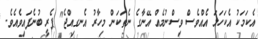
އެކަމަކު އެކަހަލަ އެއްވެސް ވިސްނުމެއް އޭނާގެ ނެތަކަން މިހާރު އެނގިއްޖެ" ޕެރީ ބުނެފައިވެއެވެ.